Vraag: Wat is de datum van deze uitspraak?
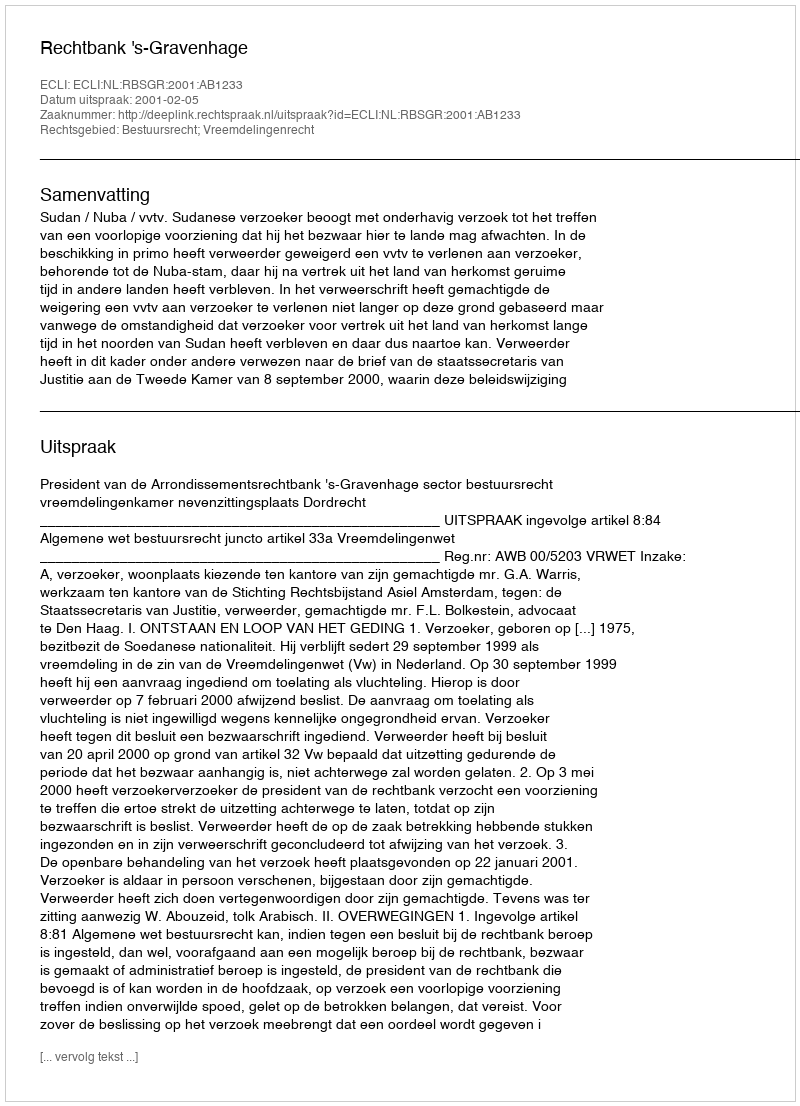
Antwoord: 2001-02-05